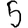
Digit: 5